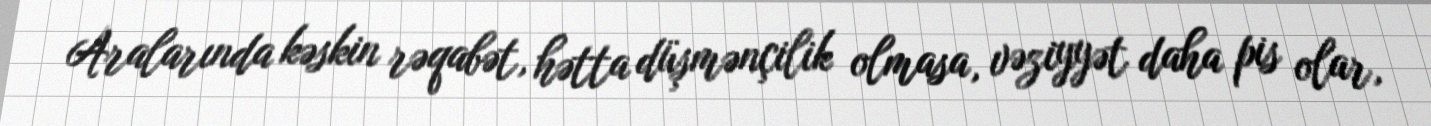
Aralarında kəskin rəqabət, hətta düşmənçilik olmasa, vəziyyət daha pis olar,